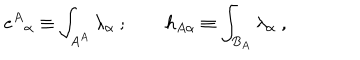
LaTeX: { e ^ { A } } _ { \alpha } \equiv \int _ { A ^ { A } } \lambda _ { \alpha } \ ; \qquad h _ { A \alpha } \equiv \int _ { B _ { A } } \lambda _ { \alpha } \ ,